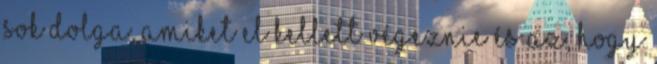
sok dolga, amiket el kellett végeznie és az, hogy